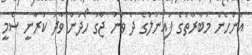
އަންހެން މުބާރާތުގެ ފައިނަލްގެ ދެ ވަނަ ޖާގަ ހޯދަން ވާދަ ކުރާނީ ސެމީ